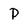
Character: p